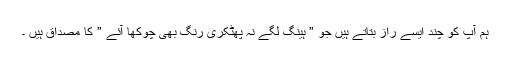
ہم آپ کو چند ایسے راز بتاتے ہیں جو ” ہینگ لگے نہ پھٹکری رنگ بھی چوکھا آئے ” کا مصداق ہیں ۔